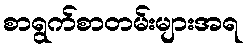
စာရွက်စာတမ်းများအရ